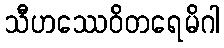
သီဟဿေဝိတရေမိဂါ